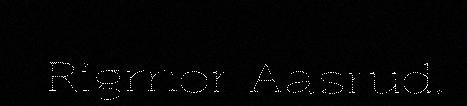
Rigmor Aasrud.